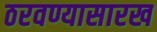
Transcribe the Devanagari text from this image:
ठरवण्यासारख